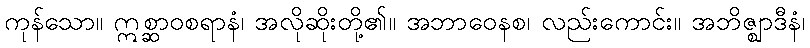
ကုန်သော။ ဣစ္ဆာဝစရာနံ၊ အလိုဆိုးတို့၏။ အဘာဝေနစ၊ လည်းကောင်း။ အဘိဇ္ဈာဒီနံ၊